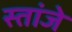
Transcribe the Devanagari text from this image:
स्तांजे